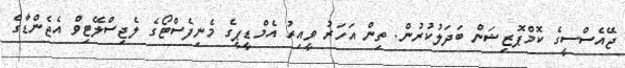
ޖޭއެސްސީގެ ކޮމްޕޮޒިޝަން ބަދަލުކުރުން. ތިން އަހަރު ވީއިރު އެމްޑީޕީގެ މެނިފެސްޓޯގެ ލެޖިސްލޭޓިވް އެޖެންޑާގެ